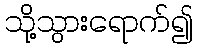
သို့သွားရောက်၍